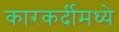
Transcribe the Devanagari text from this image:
कारकर्दीमध्ये